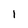
Character: 1